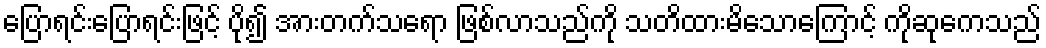
ပြောရင်းပြောရင်းဖြင့် ပို၍ အားတက်သရော ဖြစ်လာသည်ကို သတိထားမိသောကြောင့် ကိုဆုကေသည်